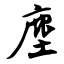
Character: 麈